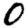
Digit: 0